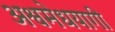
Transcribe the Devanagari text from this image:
अश्वमेधयागी